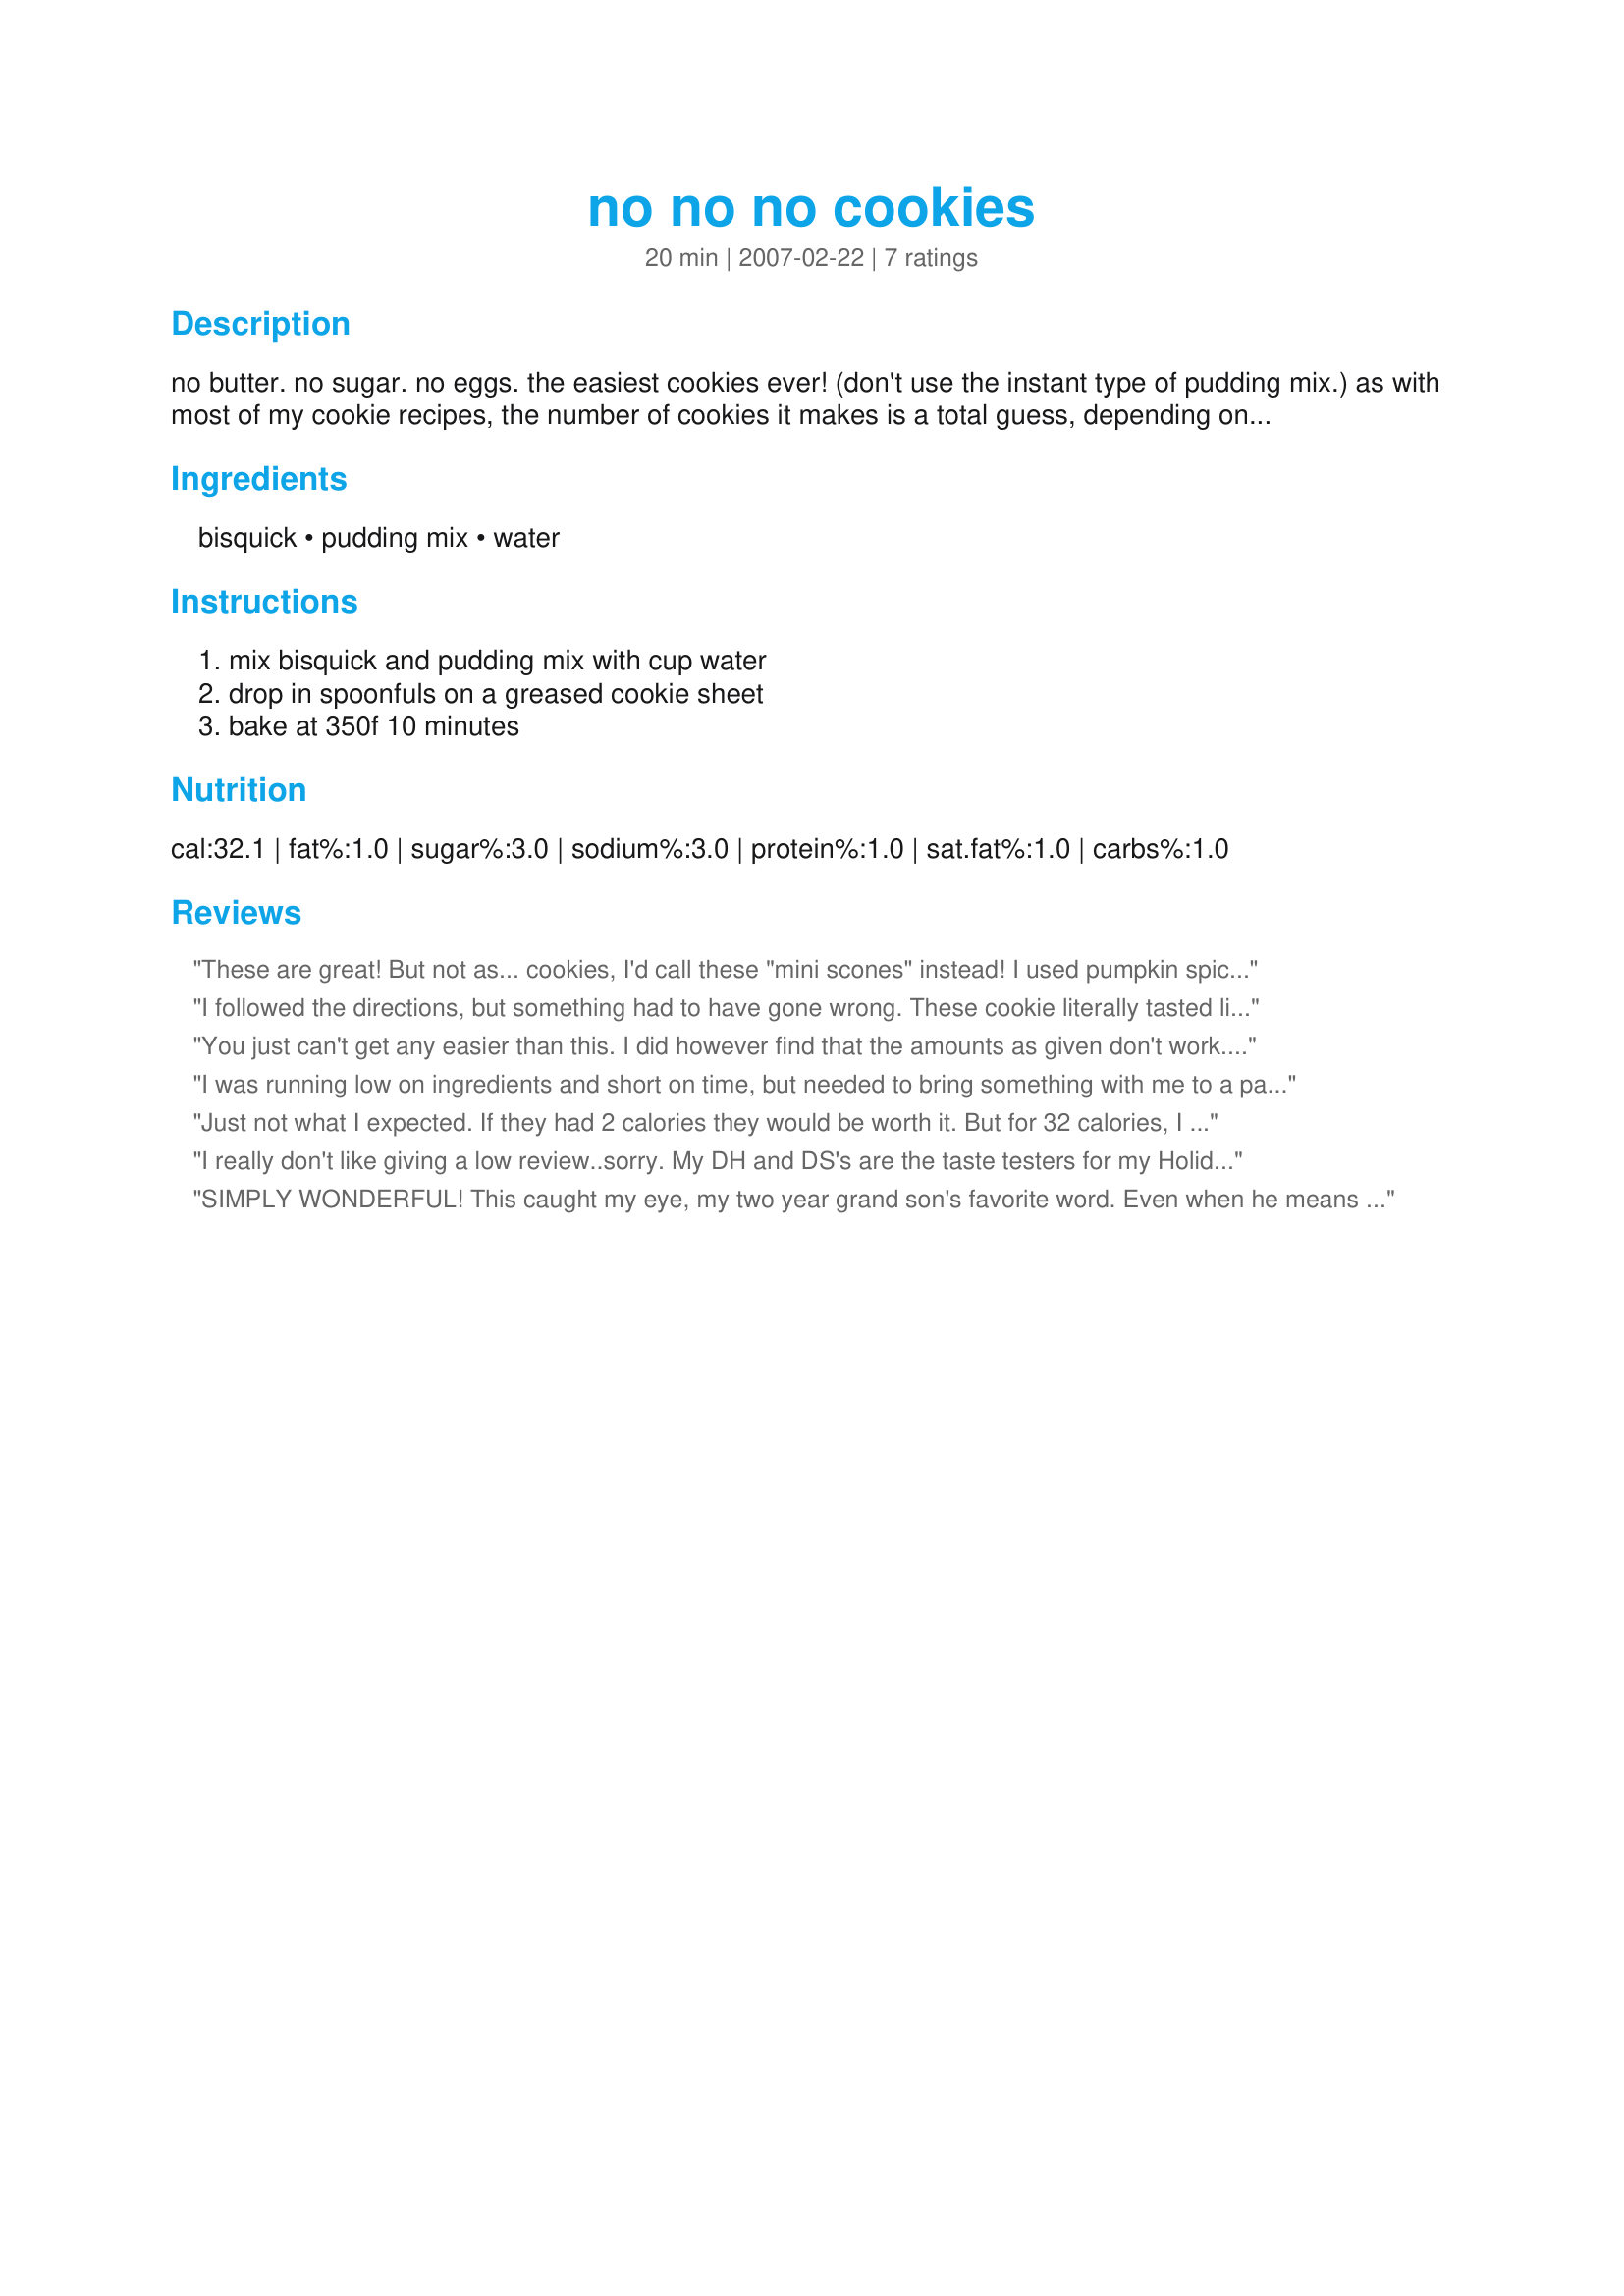
no no no cookies
Preparation time: 20 minutes

no butter. no sugar. no eggs. the easiest cookies ever! (don't use the instant type of pudding mix.) as with most of my cookie recipes, the number of cookies it makes is a total guess, depending on how big you make them.

Ingredients:
bisquick, pudding mix, water

Steps:
mix bisquick and pudding mix with cup water, drop in spoonfuls on a greased cookie sheet, bake at 350f 10 minutes

Reviews:
These are great! But not as... cookies, I'd call these "mini scones" instead! I used pumpkin spice pudding and they taste great. Thanks so much for the recipe!
I followed the directions, but something had to have gone wrong. These cookie literally tasted like Play-Doh. They were terrible.
You just can't get any easier than this. I did however find that the amounts as given don't work. As ask for I had a thinnish cake batter, nothing that would have made cookies at all. I ended up adding another 6 HEAPING tbs of Bisquick. At that time I ask DH to do a taste sample and he said that it had "a bitter taste" (no doubt the buttermilk Bisquick coming through). I beat in 2 tbs of sugar and he said that was fine. I got 21 cookies that were perfectly baked in 10 mins and I used butterscotch pudding.
I was running low on ingredients and short on time, but needed to bring something with me to a party. These were perfect! They are definitely cakey cookies, but they are delicious. I used non-instant chocolate pudding. Love them!
Just not what I expected. If they had 2 calories they would be worth it. But for 32 calories, I could eat something better. Thanks anyway.
I really don't like giving a low review..sorry. My DH and DS's are the taste testers for my Holiday cookies and no one cared for them. I prepared as directed, I didn't have any problems with a thin batter like Annacia had mentioned. It was just the overall texture that my family didn't like, the overall review was that they said it tasted doughy.
SIMPLY WONDERFUL! This caught my eye, my two year grand son's favorite word. Even when he means yes. Some times the grand kids want cookies and I don't want to go thru the whole scene, this is wonderful. The oldest can mix them up herself and I just put them in the oven. Thanks for sharing
